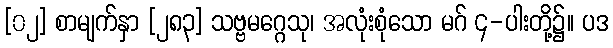
[၀၂] စာမျက်နှာ [၂၈၃] သဗ္ဗမဂ္ဂေသု၊ အလုံးစုံသော မဂ် ၄-ပါးတို့၌။ ပဒ